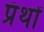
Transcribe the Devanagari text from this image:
प्रंथों